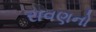
રાવણનો